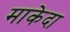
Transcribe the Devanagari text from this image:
माकेदा